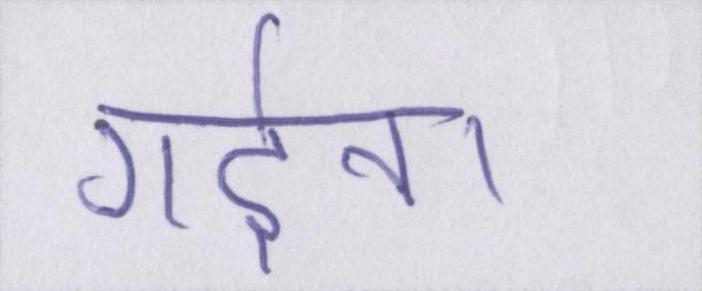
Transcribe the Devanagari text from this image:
गर्दन।